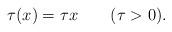
LaTeX: \begin{align*}\tau(x)=\tau x\qquad(\tau>0).\end{align*}